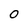
Character: o